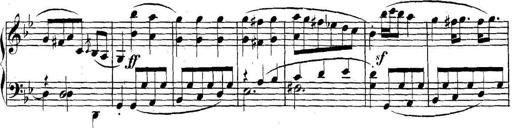
Title: Collected Piano Sonatas
Composer: Muzio Clementi